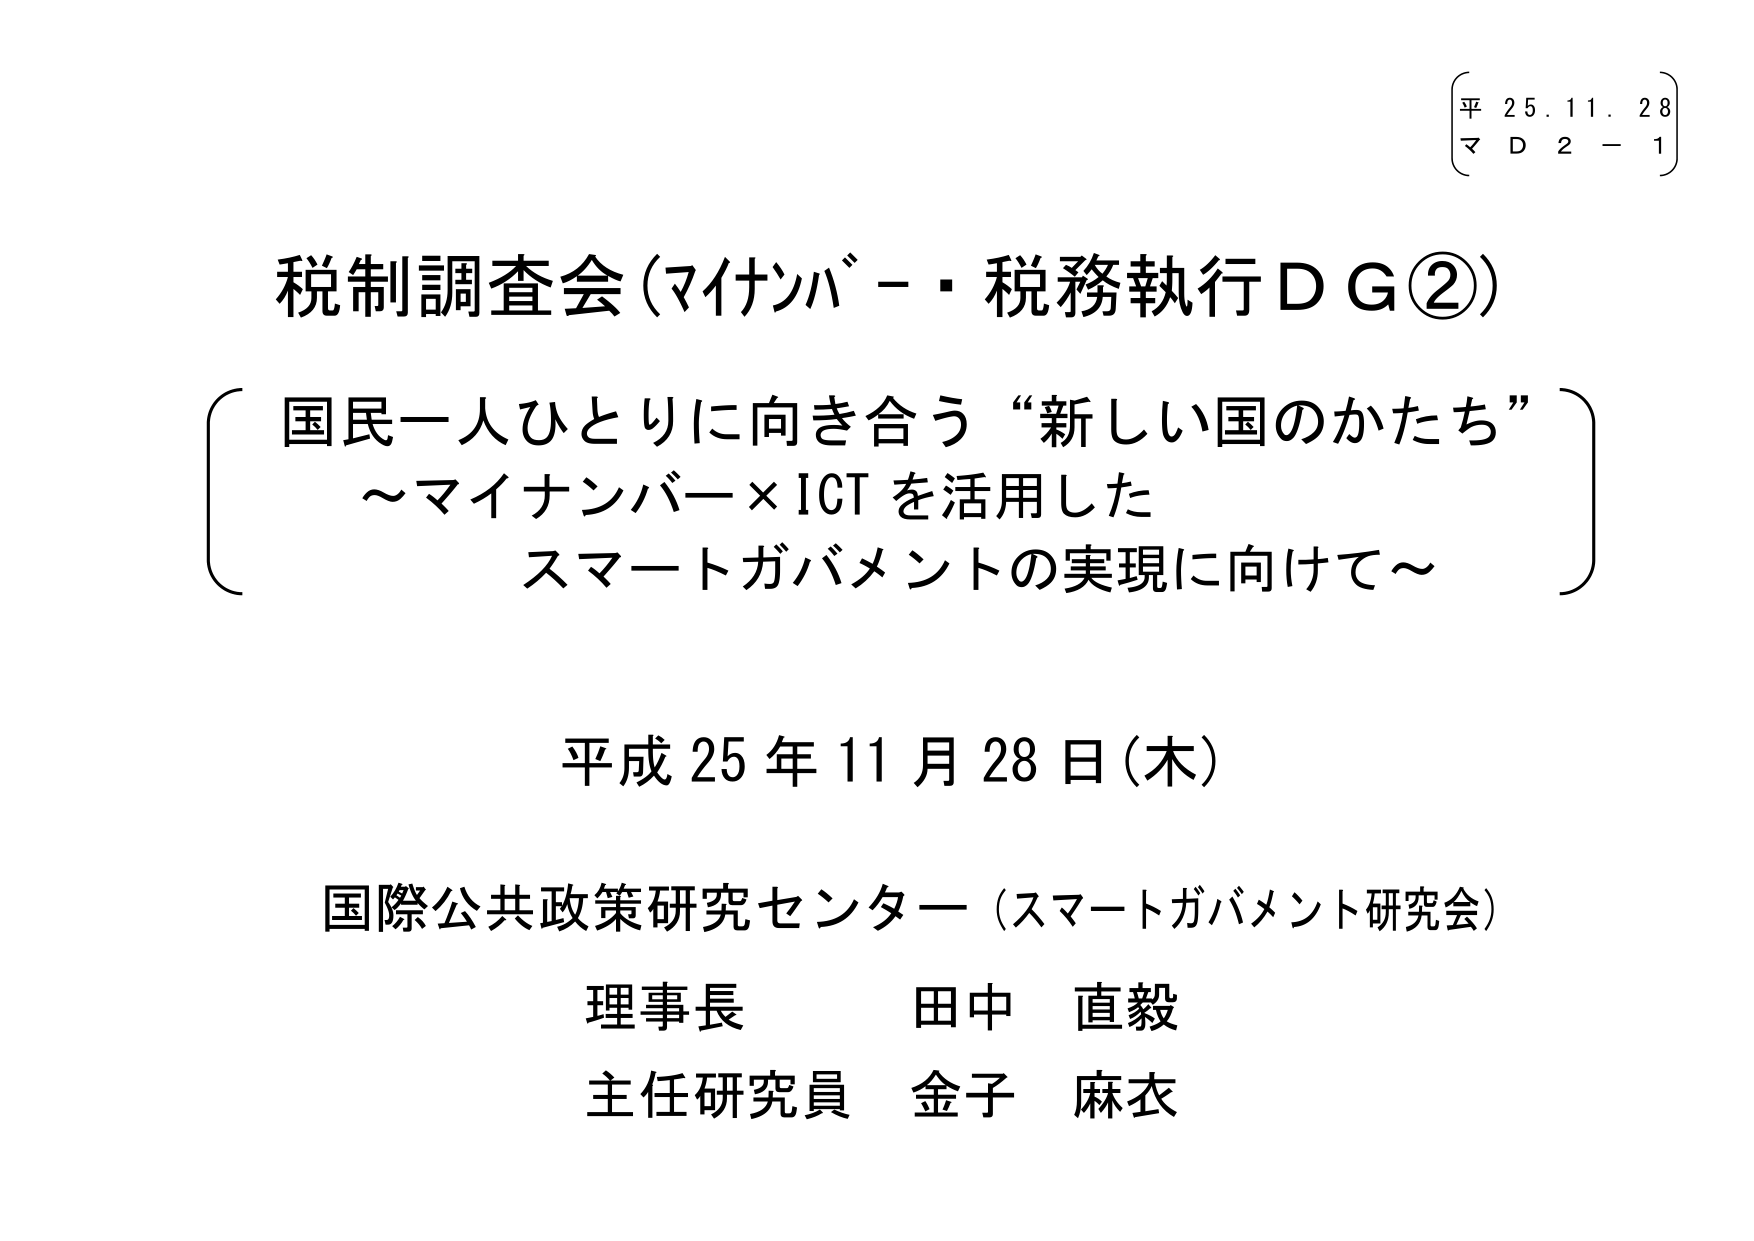
平 25.11.28
マ D 2 - 1

税制調査会（マイナンバー・税務執行ＤＧ②）
（国民一人ひとりに向き合う“新しい国のかたち”
～マイナンバー×ICTを活用した
スマートガバメントの実現に向けて～）

平成25年11月28日（木）

国際公共政策研究センター（スマートガバメント研究会）
理事長 田中 直毅
主任研究員 金子 麻衣